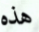
هذه